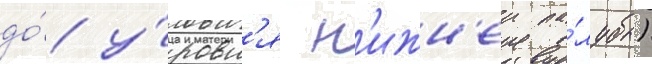
до́ у́ровн'я н'ижн'еи па́лубы)